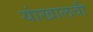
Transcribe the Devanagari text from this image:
यांखालची